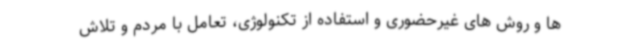
ها و روش های غیرحضوری و استفاده از تکنولوژی، تعامل با مردم و تلاش